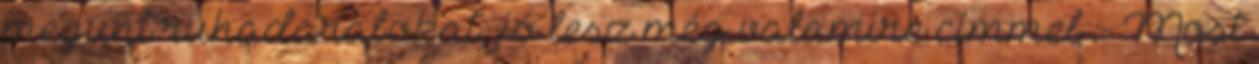
megunt ruhadarabokat, jó lesz még valamire címmel :- Most